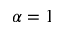
\alpha = 1